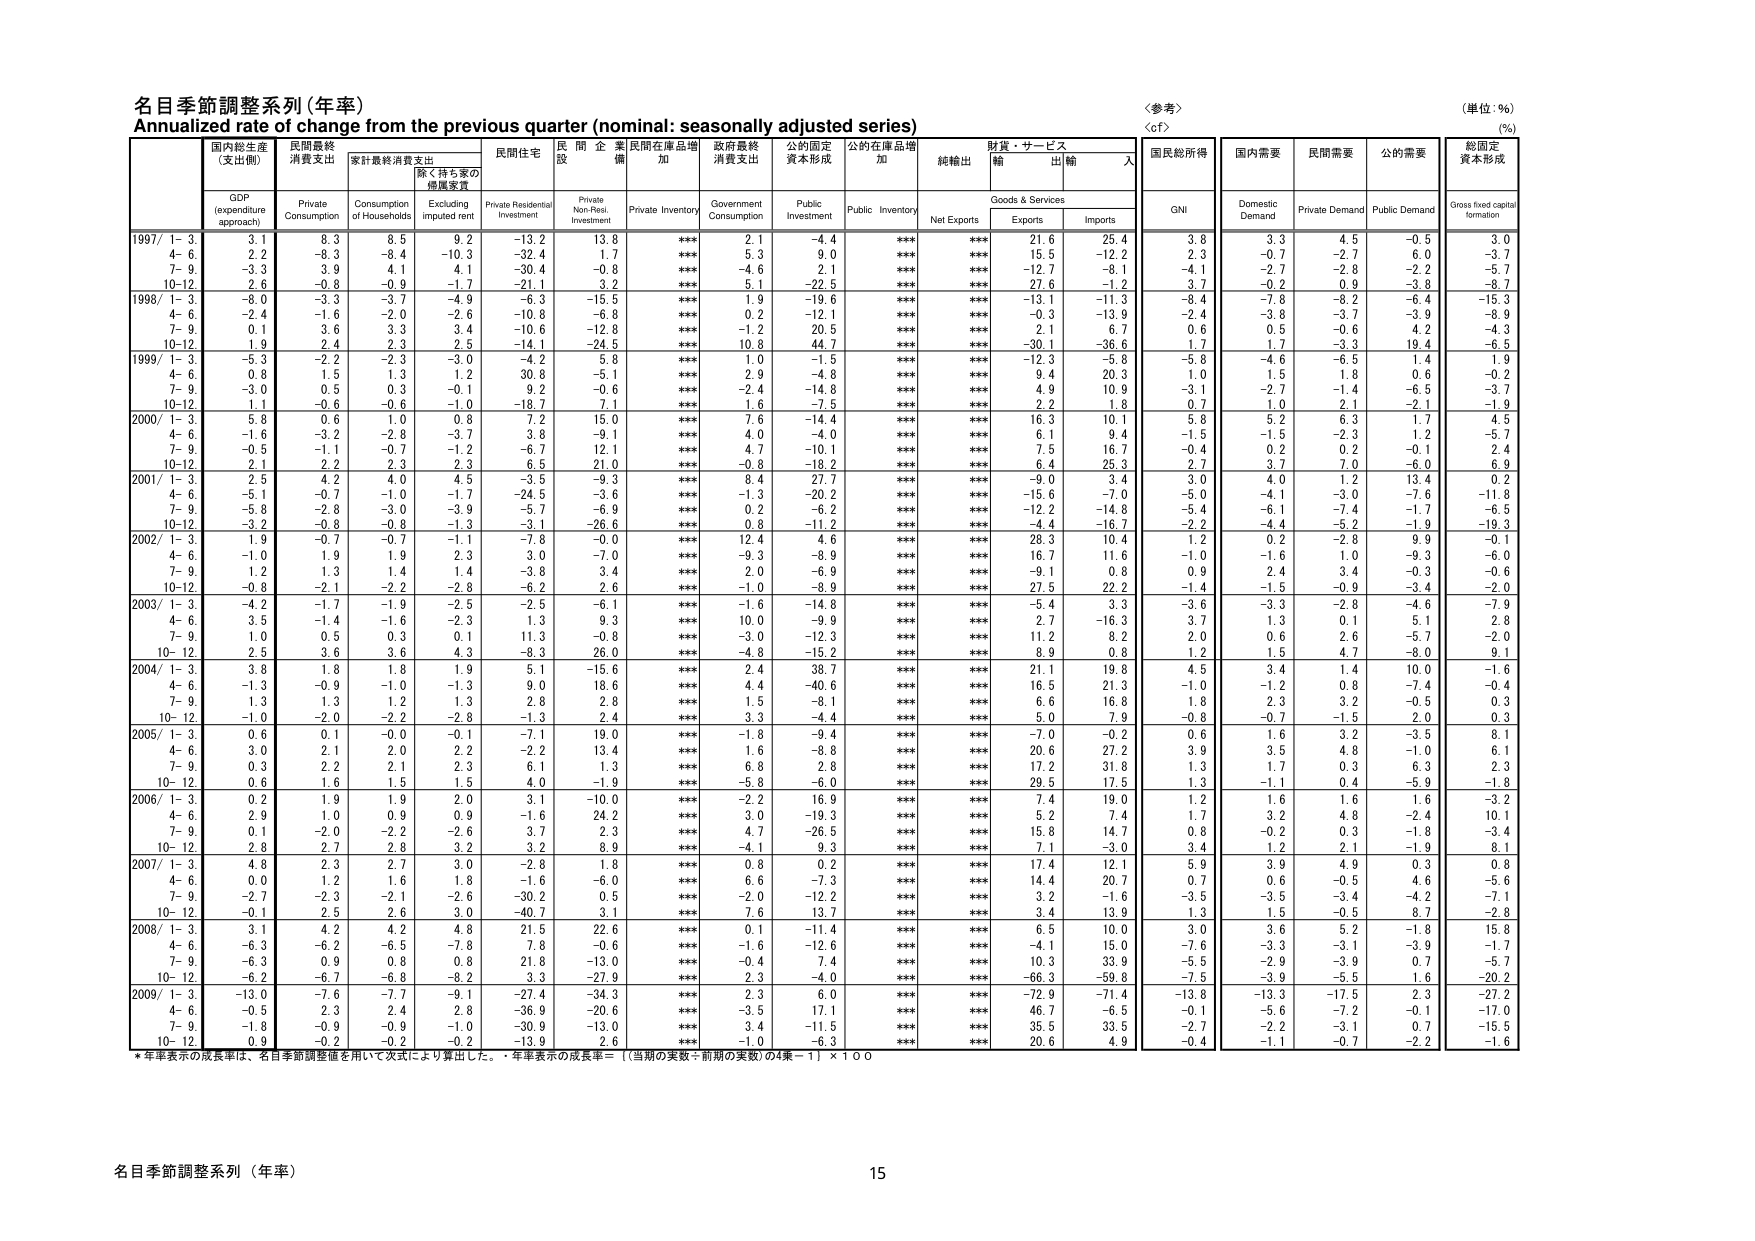
名目季節調整系列（年率）
Annualized rate of change from the previous quarter (nominal: seasonally adjusted series)
〈参考〉
〈cf〉
（単位：%）
（%）

国内総生産
（支出側）
GDP
(expenditure approach)

民間最終
消費支出
Private
Consumption

家計最終消費支出
Consumption
of Households

除く持ち家の
増量家賃
Excluding
imputed rent

民間住宅
Private Residential
Investment

民間企業
設備
Private
Non-Resi.
Investment

民間在庫品増加
Private Inventory

政府最終
消費支出
Government
Consumption

公的固定
資本形成
Public
Investment

公的在庫品増加
Public Inventory

純輸出
Net Exports

財貨・サービス
輸出
Goods & Services
Exports

輸入
Imports

国民総所得
GNI

国内需要
Domestic
Demand

民間需要
Private Demand

公的需要
Public Demand

総固定
資本形成
Gross fixed capital
formation

1997/ 1- 3
3.1
8.3
8.5
9.2
-13.2
13.8
***
2.1
-4.4
***
***
21.6
25.4
3.8
3.3
4.5
-0.5
3.0

4- 6
2.2
-8.3
-8.4
-10.3
-32.4
1.7
***
5.3
9.0
***
***
15.5
-12.2
2.3
-0.7
-2.7
6.0
-3.7

7- 9
-3.3
3.9
4.1
4.1
-30.4
-0.9
***
4.6
-2.1
***
***
-12.7
-8.1
-4.1
-2.7
-2.3
-2.2
-5.7

10-12
2.6
-0.8
-0.9
-1.7
-21.1
3.2
***
5.1
-22.5
***
***
27.6
-1.2
3.7
-0.2
0.9
-3.8
-8.7

1998/ 1- 3
-8.0
-3.3
-3.7
-4.9
-6.3
-15.5
***
1.9
-19.6
***
***
-13.1
-11.3
-8.4
-7.8
-8.2
-6.4
-15.3

4- 6
-2.4
-1.6
-2.0
-2.6
-10.8
-6.8
***
0.2
-12.1
***
***
-0.3
-13.9
-2.4
-3.8
-3.7
-3.9
-8.9

7- 9
0.1
3.6
3.3
3.4
-10.6
-12.8
***
-1.2
20.5
***
***
2.1
6.7
0.6
0.5
-0.6
4.2
-4.3

10-12
1.9
2.4
2.3
2.5
-14.1
-24.5
***
10.8
44.7
***
***
-30.1
-36.6
1.7
1.7
-3.3
19.4
-6.5

1999/ 1- 3
-5.3
-2.2
-2.3
-3.0
-4.2
5.8
***
1.0
-1.5
***
***
-12.3
-5.8
-5.8
-4.6
-6.5
1.4
1.9

4- 6
0.8
1.5
1.3
1.2
30.8
-5.1
***
2.9
-4.8
***
***
9.4
20.3
1.0
1.5
1.8
0.6
-0.2

7- 9
-3.0
0.5
0.3
-0.1
9.2
-0.6
***
-2.4
-14.8
***
***
4.9
10.9
-3.1
-2.7
-1.4
-6.5
-3.7

10-12
1.1
-0.6
-0.6
-1.0
-18.7
7.1
***
1.6
-7.5
***
***
2.2
1.8
0.7
1.0
2.1
-2.1
-1.9

2000/ 1- 3
5.8
0.6
1.0
0.8
7.2
15.0
***
7.6
-14.4
***
***
16.3
10.1
5.8
5.2
6.3
1.7
4.5

4- 6
-1.6
-3.2
-2.8
-3.7
3.8
-9.1
***
4.0
-4.0
***
***
6.1
9.4
-1.5
-1.5
-2.3
1.2
-5.7

7- 9
-0.5
-1.1
-0.7
-1.2
-6.7
12.1
***
4.7
-10.1
***
***
7.5
16.7
-0.4
0.2
0.2
-0.1
2.4

10-12
2.1
2.2
2.3
2.3
6.5
21.0
***
-0.8
-18.2
***
***
6.4
25.3
2.7
3.7
7.0
-6.0
6.9

2001/ 1- 3
2.5
4.2
4.0
4.5
-3.5
-9.3
***
8.4
27.7
***
***
-9.0
3.4
3.0
4.0
1.2
13.4
0.2

4- 6
-5.1
-0.7
-1.0
-1.7
-24.5
-3.6
***
-1.3
-20.2
***
***
-15.6
-7.0
-5.0
-4.1
-3.0
-7.6
-11.8

7- 9
-5.8
-2.8
-3.0
-5.7
-5.7
-6.9
***
0.2
-6.2
***
***
-12.2
-14.8
-5.4
-6.1
-7.4
-1.7
-6.5

10-12
-3.2
-0.8
-0.8
-1.3
-3.1
-26.6
***
0.8
-11.2
***
***
-4.4
-16.7
-2.2
-4.4
-5.2
-1.9
-19.3

2002/ 1- 3
1.9
-0.7
-0.7
-1.1
-7.8
-0.0
***
12.4
4.6
***
***
28.3
10.4
1.2
0.2
-2.5
9.9
-0.1

4- 6
-1.0
1.9
1.9
2.3
3.0
-7.0
***
-9.3
-8.9
***
***
16.7
11.6
-1.0
-1.6
1.0
-9.3
-6.0

7- 9
1.2
1.3
1.4
1.4
-3.8
3.4
***
2.0
-6.9
***
***
-9.1
0.8
0.9
2.4
3.4
-0.3
-0.6

10-12
-0.8
-2.1
-2.2
-2.8
-6.2
2.6
***
-1.0
-8.9
***
***
27.5
22.2
-1.4
-1.5
-0.9
-3.4
-2.0

2003/ 1- 3
-4.2
-1.7
-1.9
-2.5
-2.5
-6.1
***
-1.6
-14.8
***
***
-5.4
3.3
-3.6
-3.3
-2.8
-4.6
-7.9

4- 6
3.5
-1.4
-1.6
-2.3
1.3
9.3
***
10.0
-9.9
***
***
2.7
-16.3
3.7
1.3
0.1
5.1
2.8

7- 9
1.0
0.5
0.3
0.1
11.3
-0.8
***
-3.0
-12.3
***
***
11.2
8.2
2.0
0.6
2.6
-5.7
-2.0

10-12
2.5
3.6
3.6
4.3
-8.3
26.0
***
-4.8
-15.2
***
***
8.9
0.8
1.2
1.5
4.7
-8.0
9.1

2004/ 1- 3
3.8
1.8
1.8
1.9
5.1
-15.6
***
2.4
38.7
***
***
21.1
19.8
4.5
3.4
1.4
10.0
-1.6

4- 6
-1.3
-0.9
-1.0
-1.3
9.0
18.6
***
4.4
-40.6
***
***
16.5
21.3
-1.0
-1.2
0.8
-7.4
-0.4

7- 9
1.3
1.3
1.2
1.3
2.8
2.8
***
1.5
-8.1
***
***
6.6
16.8
1.8
2.3
3.2
-0.5
0.3

10-12
-1.0
-2.0
-2.2
-2.8
-1.3
2.4
***
3.3
-4.4
***
***
5.0
7.9
-0.8
-0.7
-1.5
2.0
0.3

2005/ 1- 3
0.6
0.1
-0.0
-0.1
-7.1
19.0
***
-1.8
-9.4
***
***
-7.0
-0.2
0.6
1.6
3.2
-3.5
8.1

4- 6
3.0
2.1
2.0
2.2
-2.2
13.4
***
1.6
-8.8
***
***
20.6
27.2
3.9
3.5
4.8
-1.0
6.1

7- 9
0.3
2.2
2.1
2.3
6.1
1.3
***
6.8
2.8
***
***
17.2
31.8
1.3
1.7
0.3
6.3
2.3

10-12
0.6
1.6
1.5
1.5
4.0
-1.9
***
-5.8
-6.0
***
***
29.5
17.5
1.3
-1.1
0.4
-5.9
-1.8

2006/ 1- 3
0.2
1.9
1.9
2.0
3.1
-10.0
***
-2.2
16.9
***
***
7.4
19.0
1.2
1.6
1.6
1.6
-3.2

4- 6
2.9
1.0
0.9
0.9
-1.6
24.2
***
3.0
-19.3
***
***
5.2
7.4
1.7
3.2
4.8
-2.4
10.1

7- 9
0.1
-2.0
-2.2
-2.6
3.7
2.3
***
4.7
-26.5
***
***
15.8
14.7
0.8
-0.2
0.3
-1.8
-3.4

10-12
2.8
2.7
2.8
3.2
3.2
8.9
***
-4.1
9.3
***
***
7.1
-3.0
3.4
1.2
2.1
-1.9
8.1

2007/ 1- 3
4.8
2.3
2.7
3.0
-2.8
1.8
***
0.8
0.2
***
***
17.4
12.1
5.9
3.9
4.9
0.3
0.8

4- 6
0.0
1.2
1.6
1.8
-1.6
-6.0
***
6.6
-7.3
***
***
14.4
20.7
0.7
0.6
-0.5
4.6
-5.6

7- 9
-2.7
-2.3
-2.1
-2.6
-30.2
0.5
***
-2.0
-12.2
***
***
3.2
-1.6
-3.5
-3.5
-3.4
-4.2
-7.1

10-12
-0.1
2.5
2.6
3.0
-40.7
3.1
***
7.6
13.7
***
***
3.4
13.9
1.3
1.5
-0.5
8.7
-2.8

2008/ 1- 3
3.1
4.2
4.2
4.8
21.5
22.6
***
0.1
-11.4
***
***
6.5
10.0
3.0
3.6
5.2
-1.8
15.8

4- 6
-6.3
-6.2
-6.5
-7.8
7.8
-0.6
***
-1.6
-12.6
***
***
-4.1
15.0
-7.6
-3.3
-3.1
-3.9
-1.7

7- 9
-6.3
0.9
0.8
0.8
21.8
-13.0
***
-0.4
7.4
***
***
10.3
33.9
-5.5
-2.9
-3.9
0.7
-5.7

10-12
-6.2
-6.7
-6.8
-8.2
3.3
-27.9
***
2.3
-4.0
***
***
-66.3
-59.8
-7.5
-3.9
-5.5
1.6
-20.2

2009/ 1- 3
-13.0
-7.6
-7.7
-9.1
-27.4
-34.3
***
2.3
6.0
***
***
-72.9
-71.4
-13.8
-13.3
-17.5
2.3
-27.2

4- 6
-0.5
2.3
2.4
2.8
-36.9
-20.6
***
-3.5
17.1
***
***
46.7
-6.5
-0.1
-5.6
-7.2
-0.1
-17.0

7- 9
-1.8
-0.9
-0.9
-1.0
-30.9
-13.0
***
3.4
-11.5
***
***
35.5
33.5
-2.7
-2.2
-3.1
0.7
-15.5

10-12
0.9
-0.2
-0.2
-0.2
-13.9
2.6
***
-1.0
-6.3
***
***
20.6
4.9
-0.4
-1.1
-0.7
-2.2
-1.6

*年率表示の成長率は、名目季節調整値を用いて次式により算出した。・年率表示の成長率＝〔（当期の実数÷前期の実数）の4乗－1〕×100

名目季節調整系列（年率）
15